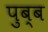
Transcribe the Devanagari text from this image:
पुब्ब